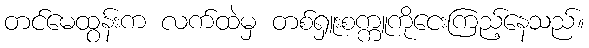
တင်မေထွန်းက လက်ထဲမှ တစ်ရှူးစက္ကူကိုငေးကြည့်နေသည်။